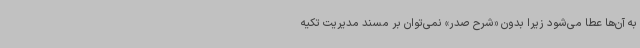
به آن‌ها عطا می‌شود زیرا بدون «شرح صدر» نمی‌توان بر مسند مدیریت تکیه